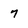
Character: 7